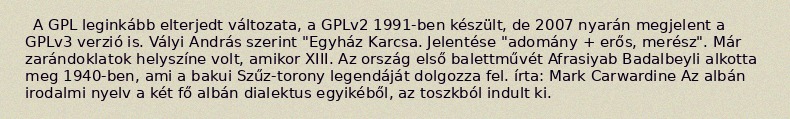
A GPL leginkább elterjedt változata, a GPLv2 1991-ben készült, de 2007 nyarán megjelent a GPLv3 verzió is. Vályi András szerint "Egyház Karcsa. Jelentése "adomány + erős, merész". Már zarándoklatok helyszíne volt, amikor XIII. Az ország első balettművét Afrasiyab Badalbeyli alkotta meg 1940-ben, ami a bakui Szűz-torony legendáját dolgozza fel. írta: Mark Carwardine Az albán irodalmi nyelv a két fő albán dialektus egyikéből, az toszkból indult ki.